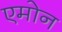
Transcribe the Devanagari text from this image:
एमोन